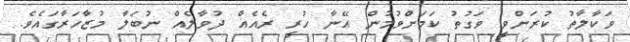
ވަކާލާތު ކުރަންވީ ވަގުތު ކަމަށްވުމުން އޭނާ ހުރީ ރެއެއް ދުވާލެއް ނުބަލާ މުޒާހަރާގައެވެ.